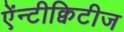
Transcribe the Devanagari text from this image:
ऐंन्टीक्विटीज